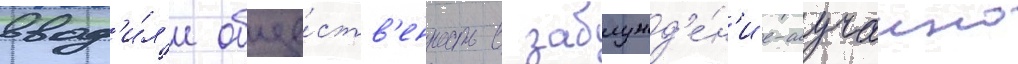
ввод'и́л'и обще́ств'енность в заблужд'е́н'ие-случаино